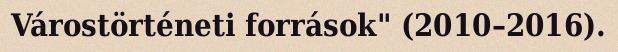
Várostörténeti források" (2010–2016).